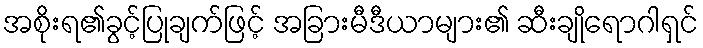
အစိုးရ၏ခွင့်ပြုချက်ဖြင့် အခြားမီဒီယာများ၏ ဆီးချိုရောဂါရှင်